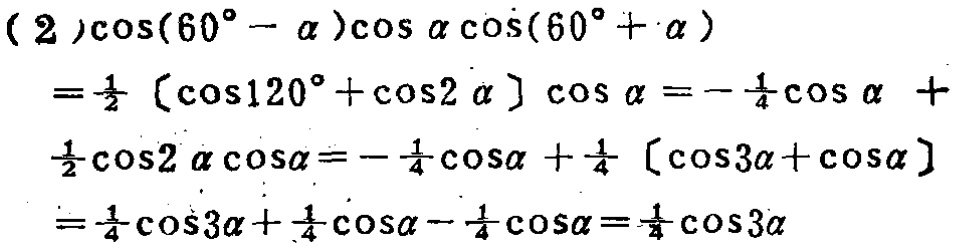
\begin{align*}

&(2)\cos(60^{\circ}-\alpha)\cos\alpha\cos(60^{\circ}+\alpha)\\

=&\frac{1}{2}[\cos120^{\circ}+\cos2\alpha]\cos\alpha =-\frac{1}{4}\cos\alpha+\\

&\frac{1}{2}\cos2\alpha\cos\alpha=-\frac{1}{4}\cos\alpha+\frac{1}{4}[\cos3\alpha+\cos\alpha]\\

=&\frac{1}{4}\cos3\alpha+\frac{1}{4}\cos\alpha-\frac{1}{4}\cos\alpha=\frac{1}{4}\cos3\alpha

\end{align*}